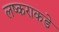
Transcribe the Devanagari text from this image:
लष्कराकडे